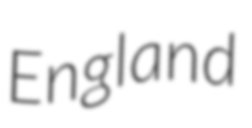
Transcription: England